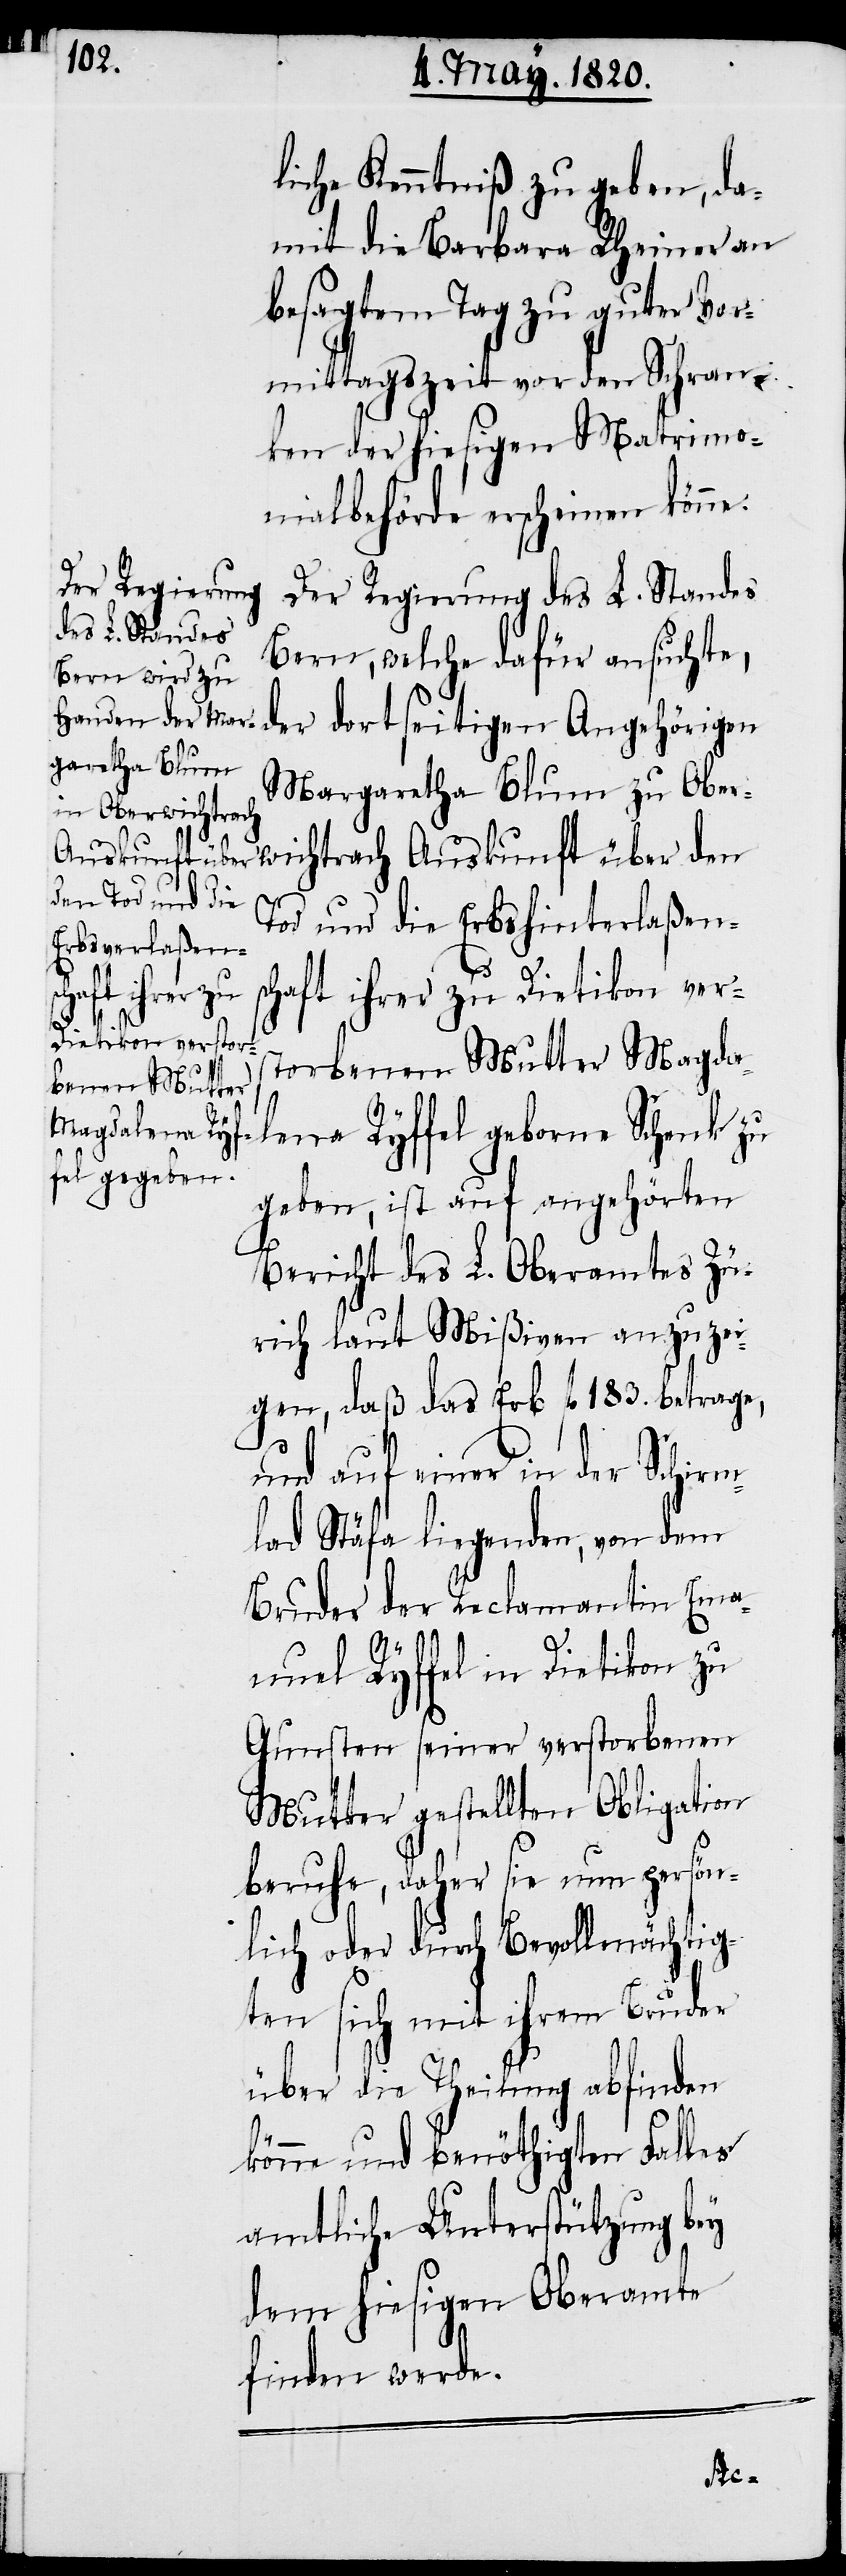
liche Kenntniβ zu geben, da¬
mit die Barbara Rheiner an
besagtem Tag zu guter Vor¬
mittagszeit vor den Schran¬
ken der hiesigen Matrimo¬
nialbehörde erscheinen könne.
Der Regierung
des L. Standes
Bern, welche dafür ansuchte,
der dort seitigen Angehörigen
garetha Blum
zu Oberwichtrach
Tod und die Erbshinterlaßens¬
kunft über den
chaft ihrer zu Dietikon vers¬
tobenen Mutter Magda¬
lena Ryffel geborne Schenk zu
geben, ist auf angehörten
Bericht des L. Oberamtes Zü¬
rich laut Mißiven anzuzei¬
gen, daß das Erb fl. 183. betrage,
und auf einer in der Schirm¬
lad Stäfa liegenden, von dem
Bruder der Reclamantin Ema¬
nuel Ryffel in Dietikon zu
Gunsten seiner verstorbenen
Mutter gestellten Obligation
beruhe, daher sie nun persön¬
lich oder durch Bevollmächtig¬
ten sich mit ihrem Bruder
über die Theilung abfinden
könne und benöthigten Falles
amtliche Unterstützung bey
dem hiesigen Oberamte
finden werde.
Aus¬